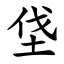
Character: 垡